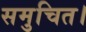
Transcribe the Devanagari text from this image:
समुचित।